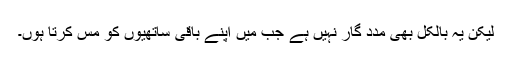
لیکن یہ بالکل بھی مدد گار نہیں ہے جب میں اپنے باقی ساتھیوں کو مس کرتا ہوں۔